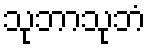
သုဘာသုဘံ